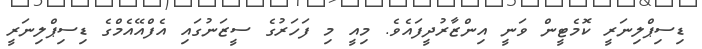
ޑިސިޕްލިނަރީ ކޮމެޓީން ވަނީ އިންޒާރުދީފައެވެ. މިއީ މި ފަހަރުގެ ސީޒަނުގައި އެފްއޭއެމްގެ ޑިސިޕްލިނަރީ